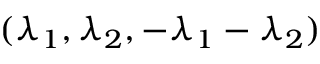
( \lambda _ { 1 } , \lambda _ { 2 } , - \lambda _ { 1 } - \lambda _ { 2 } )